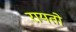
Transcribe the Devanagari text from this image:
रायतो